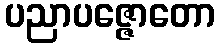
ပညာပဇ္ဇောတော